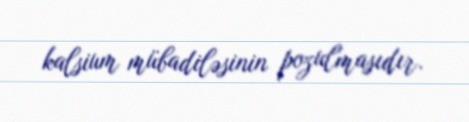
kalsium mübadiləsinin pozulmasıdır.